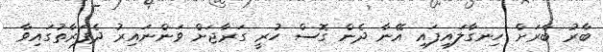
ބާރު ބާރަށް ހިނގާލައިފައި އޭނާ ދެން ގޮސް ހުރީ ގަރާޖަށް ވަންނައިރު ދެފަރާތުގައިވާ